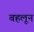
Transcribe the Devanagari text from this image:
बहलून